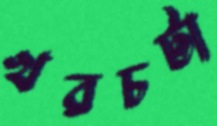
খরচটা